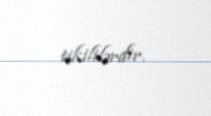
tikililərdir.